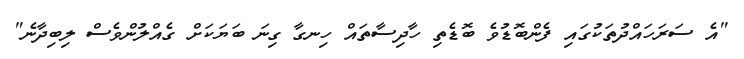
"އެ ސަރަހައްދުތަކުގައި ފެންބޮޑުވެ ބޮޑެތި ހާދިސާތައް ހިނގާ ގިނަ ބަޔަކަށް ގެއްލުންވެސް ލިބިދާނެ"